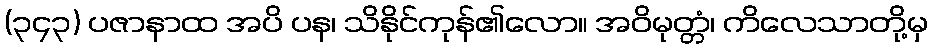
(၃၄၃) ပဇာနာထ အပိ ပန၊ သိနိုင်ကုန်၏လော။ အဝိမုတ္တံ၊ ကိလေသာတို့မှ